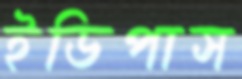
ইডিপাস